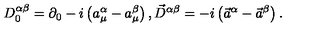
D _ { 0 } ^ { \alpha \beta } = \partial _ { 0 } - i \left( a _ { \mu } ^ { \alpha } - a _ { \mu } ^ { \beta } \right) , \vec { D } ^ { \alpha \beta } = - i \left( \vec { a } ^ { \alpha } - \vec { a } ^ { \beta } \right) .